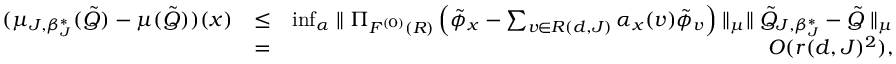
\begin{array} { r l r } { ( \mu _ { J , \beta _ { J } ^ { * } } ( \tilde { Q } ) - \mu ( \tilde { Q } ) ) ( x ) } & { \leq } & { \operatorname* { i n f } _ { \alpha } \parallel \Pi _ { { \cal F } ^ { ( 0 ) } ( { \cal R } ) } \left( \tilde { \phi } _ { x } - \sum _ { v \in { \cal R } ( d , J ) } \alpha _ { x } ( v ) \tilde { \phi } _ { v } \right) \parallel _ { \mu } \parallel \tilde { Q } _ { J , \beta _ { J } ^ { * } } - \tilde { Q } \parallel _ { \mu } } \\ & { = } & { O ( r ( d , J ) ^ { 2 } ) , } \end{array}